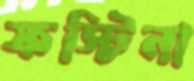
ফস্টিনা